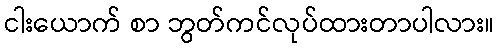
ငါးယောက် စာ ဘွတ်ကင်လုပ်ထားတာပါလား။